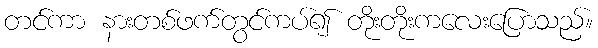
တင်ကာ နားတစ်ဖက်တွင်ကပ်၍ တိုးတိုးကလေးပြောသည်။